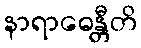
နာရာဓေန္တီတိ